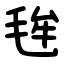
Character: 毪